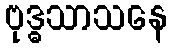
ဗုဒ္ဓသာသနေ